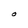
Character: O